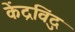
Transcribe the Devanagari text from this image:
केंद्रविंदु